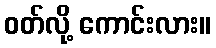
ဝတ်လို့ ကောင်းလား။